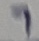
Text: 7